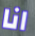
انا